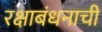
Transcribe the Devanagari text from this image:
रक्षाबंधनाची